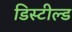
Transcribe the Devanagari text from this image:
डिस्टील्ड